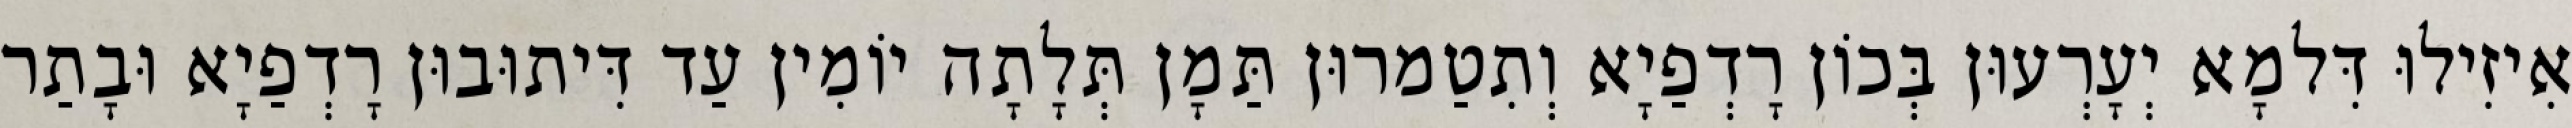
אִיזִילוּ דִּלמָא יְעָרְעוּן בְּכוֹן רָדְפַיָא וְתִטַמרוּן תַּמָן תְּלָתָה יוֹמִין עַד דִּיתוּבוּן רָדְפַיָא וּבָתַר